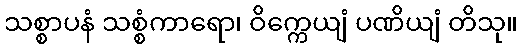
သစ္စာပနံ သစ္စံကာရော၊ ဝိက္ကေယျံ ပဏိယျံ တိသု။